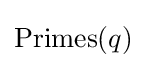
{\text{Primes}}(q)